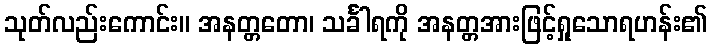
သုတ်လည်းကောင်း။ အနတ္တတော၊ သင်္ခါရကို အနတ္တအားဖြင့်ရှုသောရဟန်း၏